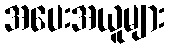
အပေးအယူများ